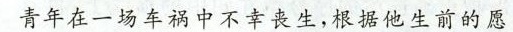
青年在一场车祸中不幸丧生，根据他生前的愿